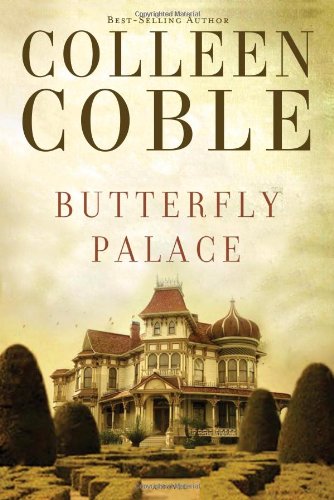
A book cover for Butterfly Palace; Colleen Coble; Romance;